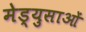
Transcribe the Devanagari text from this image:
मेड्युसाओं